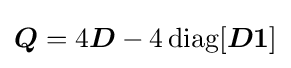
{\boldsymbol {Q}}=4{\boldsymbol {D}}-4\operatorname {diag} [{\boldsymbol {D1}}]